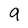
Character: 9